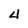
Character: 4